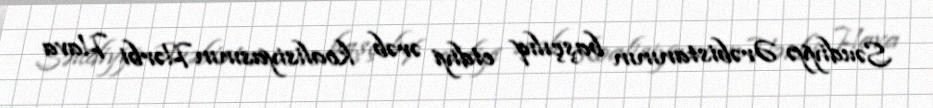
Səudiyyə Ərəbistanının başçılıq etdiyi ərəb koalisiyasının Hərbi Hava